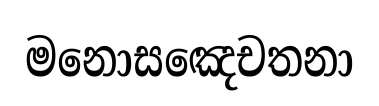
මනොසඤෙචතනා